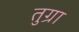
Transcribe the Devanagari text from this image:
तुग्रा